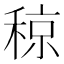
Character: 稤